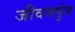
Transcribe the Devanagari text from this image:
जीवनपुंज